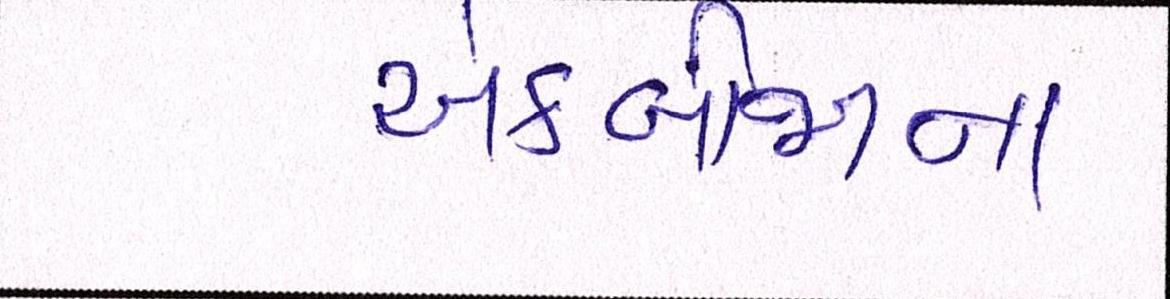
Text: એકબીજાના